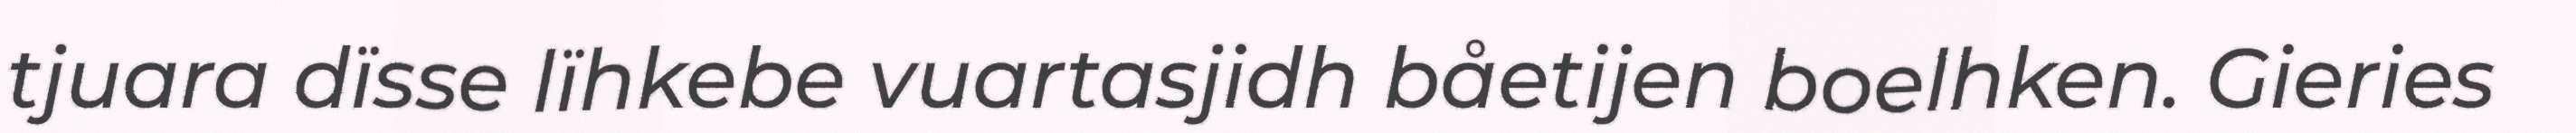
tjuara dïsse lïhkebe vuartasjidh båetijen boelhken. Gieries